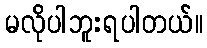
မလိုပါဘူးရပါတယ်။